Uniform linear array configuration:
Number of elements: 32
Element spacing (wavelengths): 1
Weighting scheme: hamming
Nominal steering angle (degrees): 60
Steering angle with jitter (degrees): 61.044
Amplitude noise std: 0.05
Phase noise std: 0.05

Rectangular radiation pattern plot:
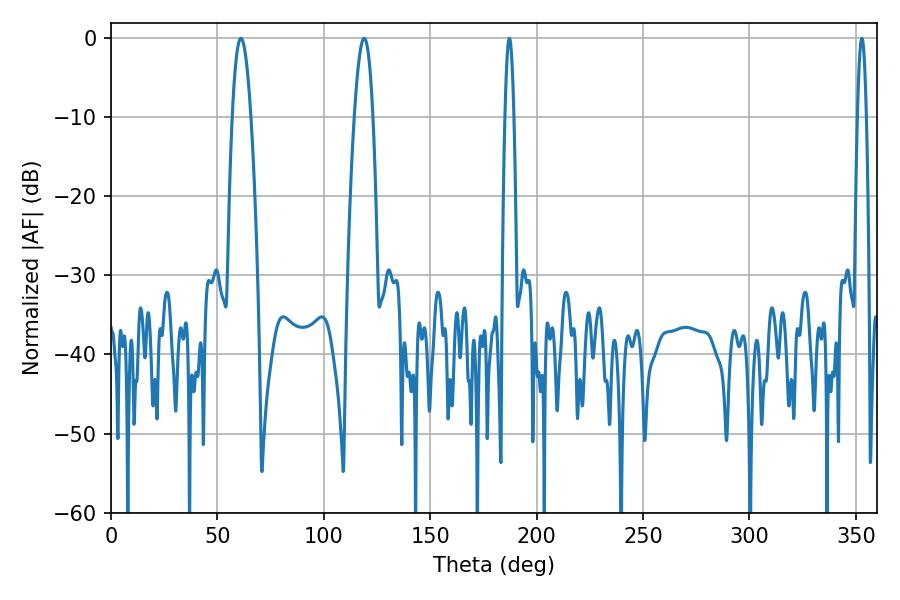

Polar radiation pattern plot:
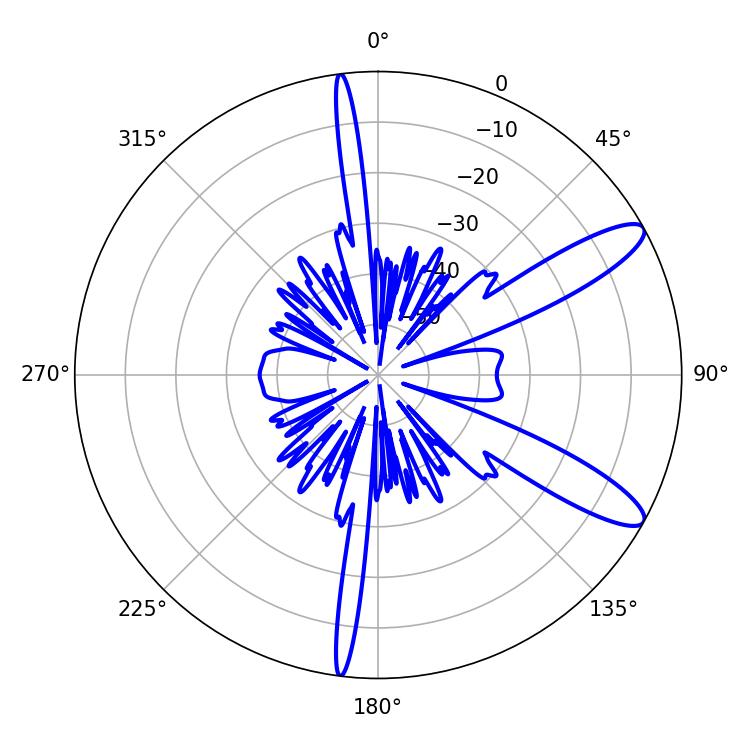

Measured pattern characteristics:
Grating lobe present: TRUE
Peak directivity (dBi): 11.296
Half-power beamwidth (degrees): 4.86
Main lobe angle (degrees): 61.02